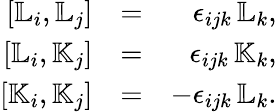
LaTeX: \begin{array}{rlr}{[{\mathbb L}_{i},{\mathbb L}_{j}]}&{=}&{\epsilon_{ijk}\, {\mathbb L}_{k},}\\ {[{\mathbb L}_{i},{\mathbb K}_{j}]}&{=}&{\epsilon_{ijk}\, {\mathbb K}_{k},}\\ {[{\mathbb K}_{i},{\mathbb K}_{j}]}&{=}&{-\epsilon_{ijk}\, {\mathbb L}_{k}.}\end{array}